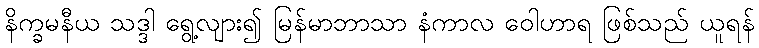
နိက္ခမနီယ သဒ္ဒါ ရွေ့လျား၍ မြန်မာဘာသာ နံကာလ ဝေါဟာရ ဖြစ်သည် ယူရန်